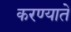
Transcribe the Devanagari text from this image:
करण्याते